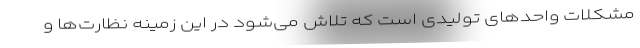
مشکلات واحدهای تولیدی است که تلاش می‌شود در این زمینه نظارت‌ها و